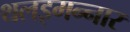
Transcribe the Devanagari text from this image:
थलइमन्‍नार